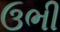
ઉભી